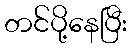
တင်ပို့နေပြီး